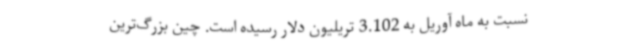
نسبت به ماه آوریل به 3.102 تریلیون دلار رسیده است. چین بزرگ‌ترین